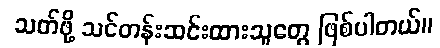
သတ်ဖို့ သင်တန်းဆင်းထားသူတွေ ဖြစ်ပါတယ်။